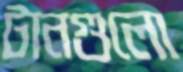
টানগুলো